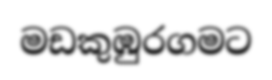
මඩකුඹුරගමට